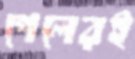
পেলেরই